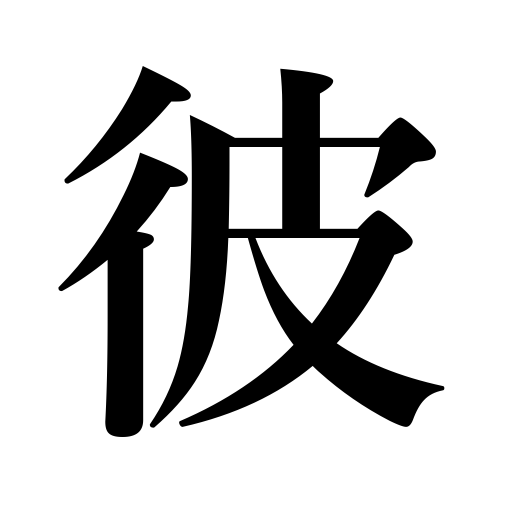
Meanings: he,the,that